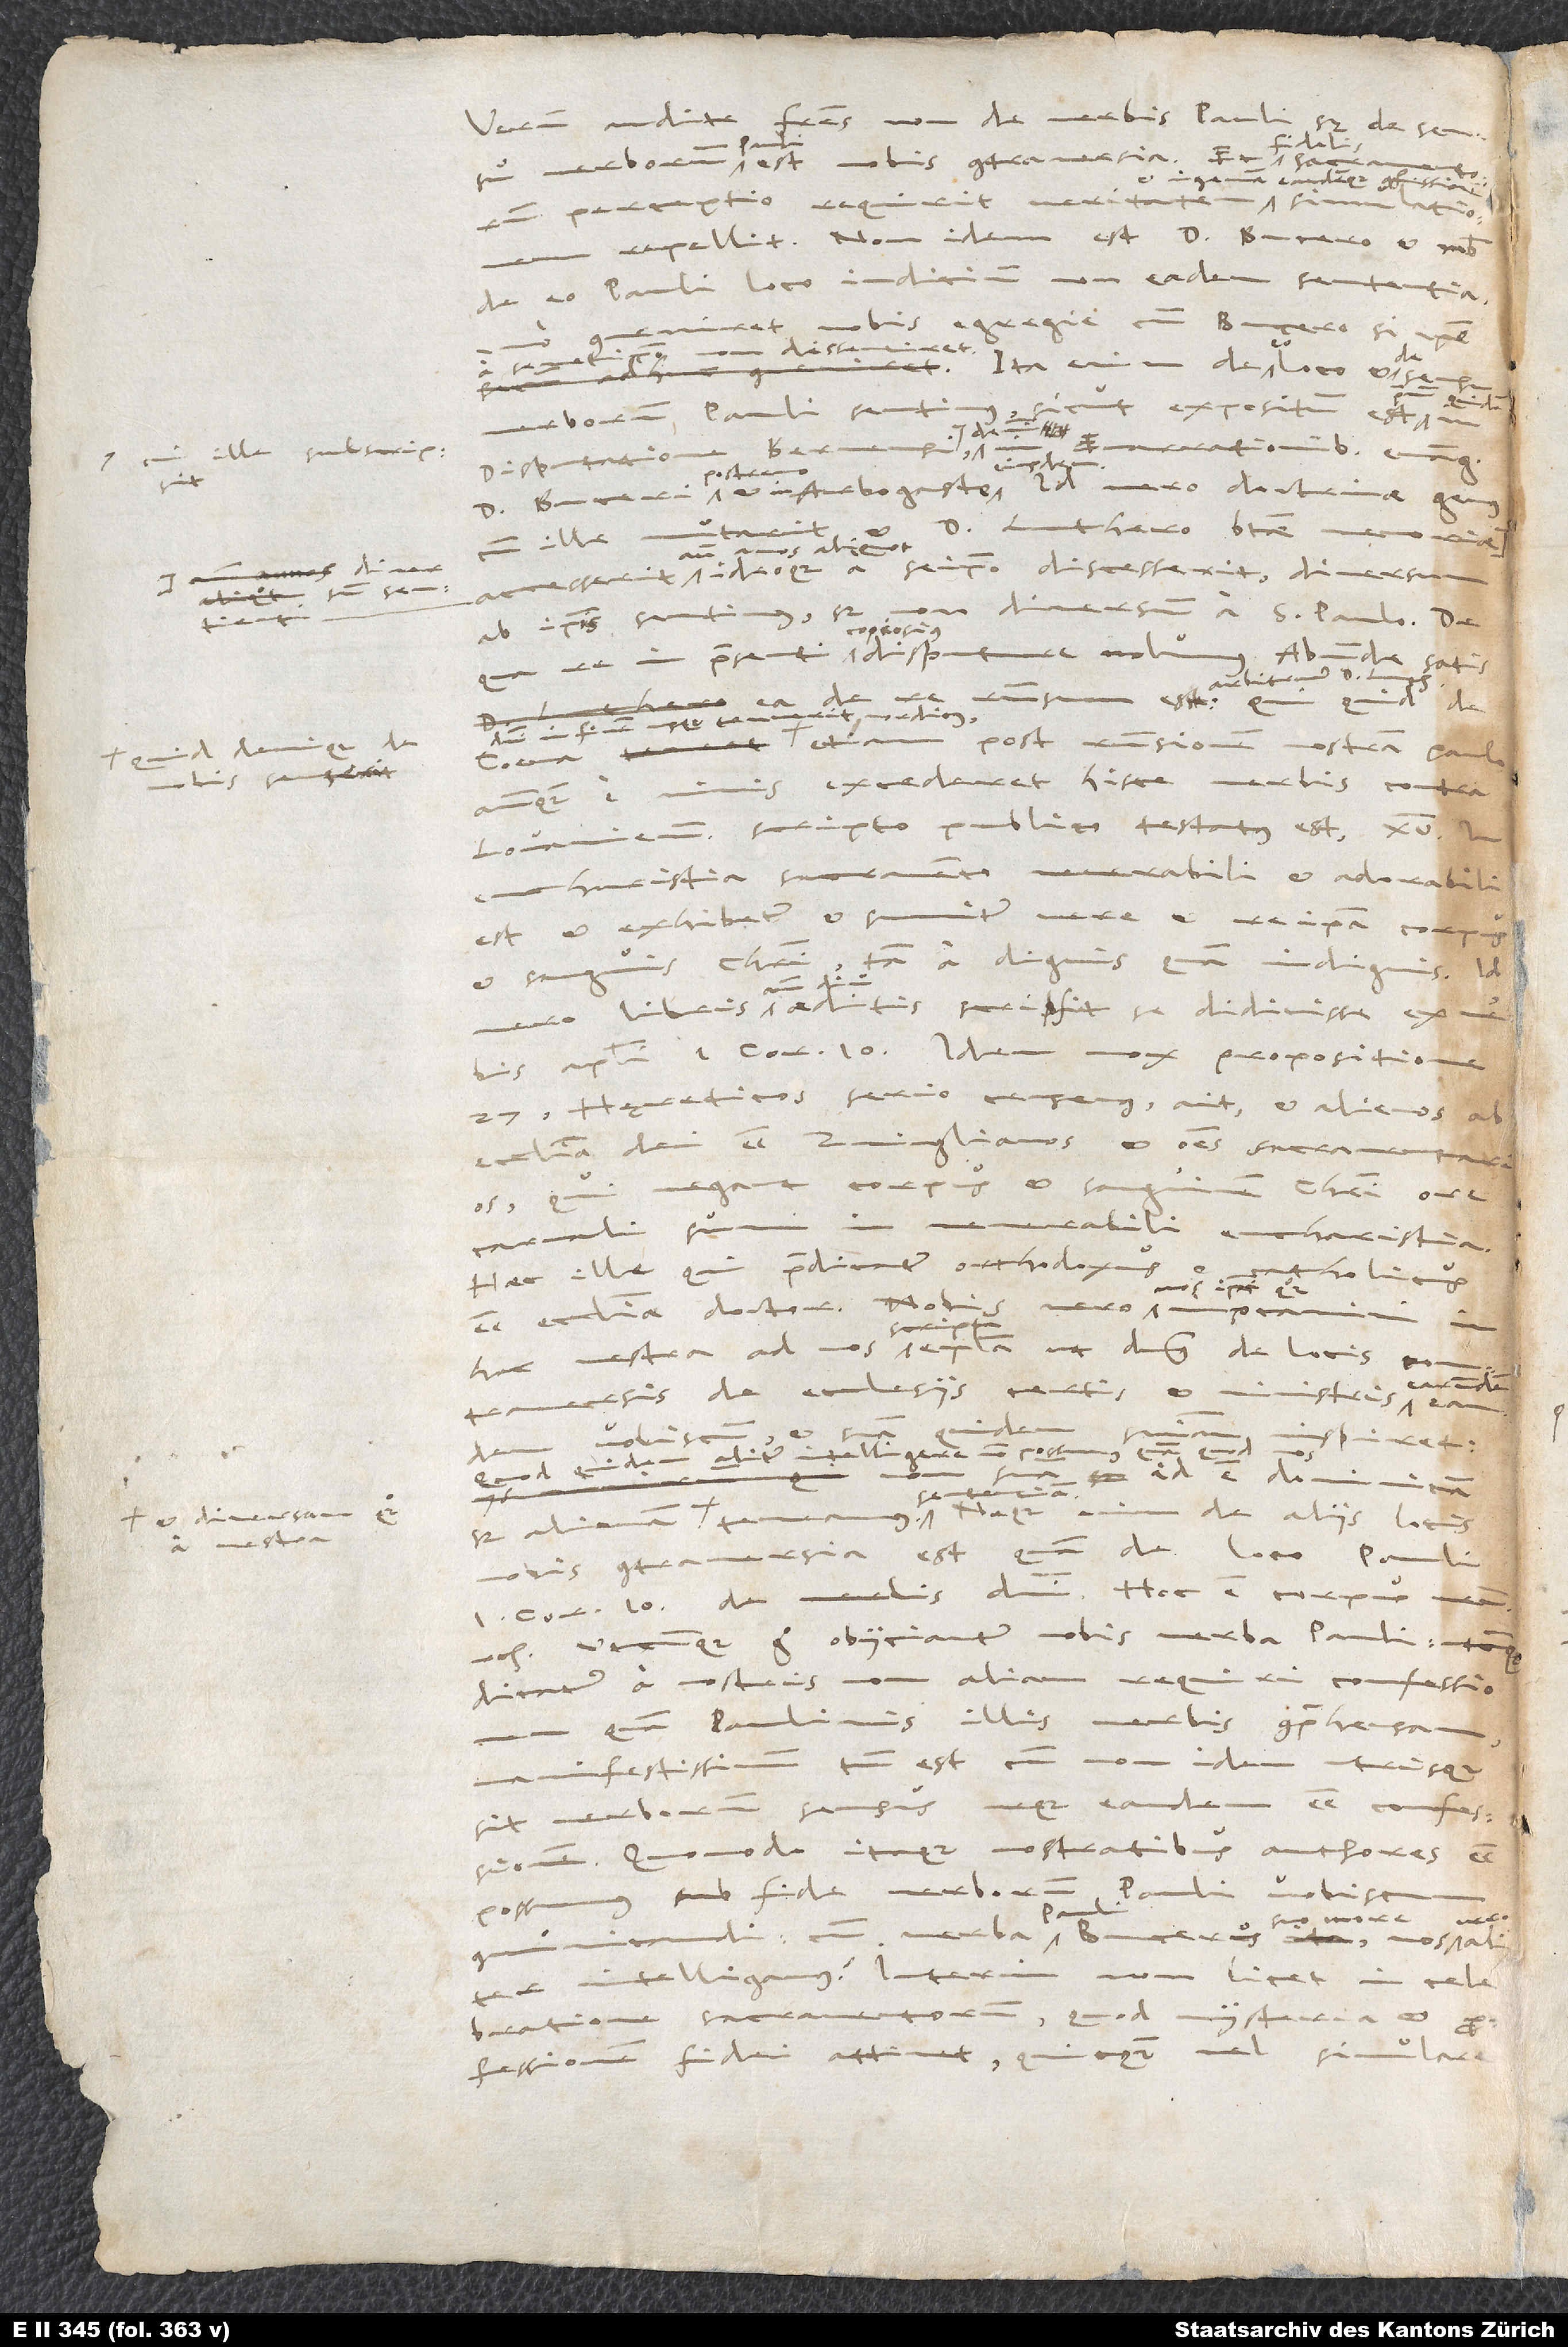
et diversam
a vestra

.
"27: Hęreticos serio censemus," ait, "et alienos ab
ecclesia dei esse Zvinglianos et omnes sacramentarios,
qui negant corpus et sanguinem Christi ore
carnali sumi in venerabili eucharistia."
Haec ille, qui praedicatur orthodoxus et
catholicus
hac vestra ad nos scripta epistola, ut dominus de locis controversis
earundem,
de ecclesiis certis et ministris
inspiret.
quam quod nos
Quod quidem aliter intelligere non possumus,
id est dominicam,
sententiam.
Neque enim de aliis locis
sed alienam
nobis controversia est, quam de loco Pauli
S.
Utcunque ergo obiiciantur nobis verba Pauli, utcunque
dicatur a nostris, non aliam requiri confessionem
Paulinis illis verbis comprehensam,
manifestissimum tamen est, cum non idem utriusque
sit verborum sensus, neque eandem esse confessionem.
Quomodo itaque nostratibus authores esse
possumus sub fide verborum Pauli vobiscum
communicandi, cum verba Pauli Bucerus suo more, nos
intelligamus? Interim non licet in celebratione
sacramentorum, quod mysteria et
professionem fidei attinet, quicquam vel simulare